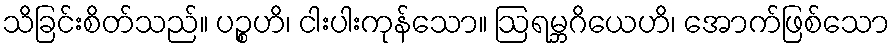
သိခြင်းစိတ်သည်။ ပဉ္စဟိ၊ ငါးပါးကုန်သော။ ဩရမ္ဘဂိယေဟိ၊ အောက်ဖြစ်သော